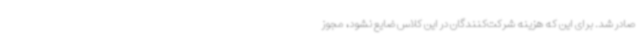
صادر شد. برای این که هزینه شرکت‌کنندگان در این کلاس ضایع نشود، مجوز